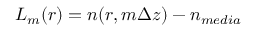
L _ { m } ( r ) = n ( r , m \Delta z ) - n _ { m e d i a }